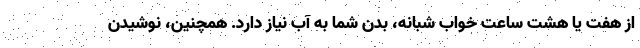
از هفت یا هشت ساعت خواب شبانه، بدن شما به آب نیاز دارد. همچنین، نوشیدن